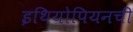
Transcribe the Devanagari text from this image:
इथियोपियनची